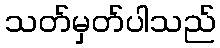
သတ်မှတ်ပါသည်